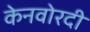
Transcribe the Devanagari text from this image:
केनवोरदी